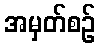
အမှတ်စဉ်